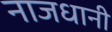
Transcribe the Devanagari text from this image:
नाजधानी